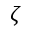
\zeta